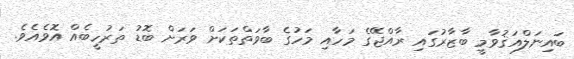
ބައިނަލްއަޤުވާމީ ބާޒާރުގައި ރާއްޖޭގެ މަހާއި މަހުގެ ބާވަތްތަކަށް ވަރަށް ބޮޑު ތަރުހީބެއް އޮވެއެވެ.